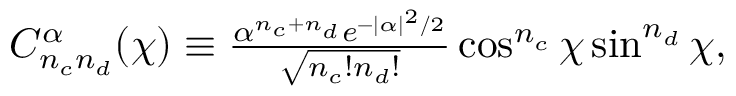
\begin{array} { r } { C _ { n _ { c } n _ { d } } ^ { \alpha } ( \chi ) \equiv \frac { \alpha ^ { n _ { c } + n _ { d } } e ^ { - | \alpha | ^ { 2 } / 2 } } { \sqrt { n _ { c } ! n _ { d } ! } } \cos ^ { n _ { c } } \chi \sin ^ { n _ { d } } \chi , } \end{array}